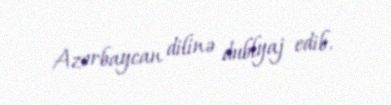
Azərbaycan dilinə dublyaj edib.